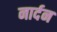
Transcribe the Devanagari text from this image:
नार्दन